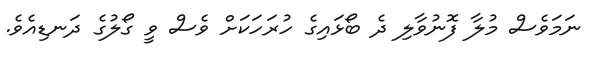
ނަމަވެސް މުލާ ފޮނުވާލި ދެ ބޯޅައިގެ ހުރަހަކަށް ވެސް ވީ ގޯލުގެ ދަނޑިއެވެ.